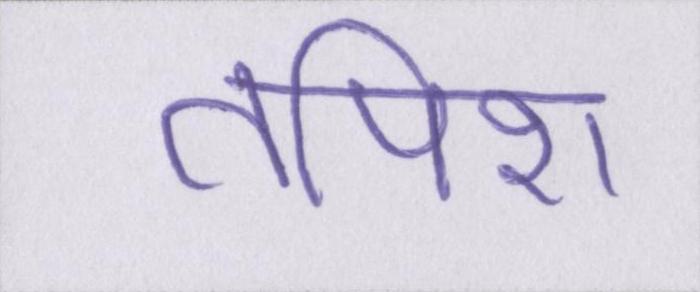
तपिश